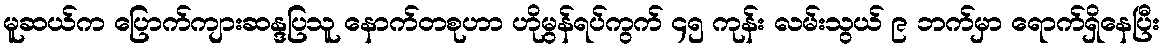
မူဆယ်က ပြောက်ကျားဆန္ဒပြသူ နောက်တစုဟာ ဟိုမွန်ရပ်ကွက် ၄၅ ကုန်း လမ်းသွယ် ၉ ဘက်မှာ ရောက်ရှိနေပြီး